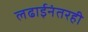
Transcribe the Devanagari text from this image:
लढाईनंतरही